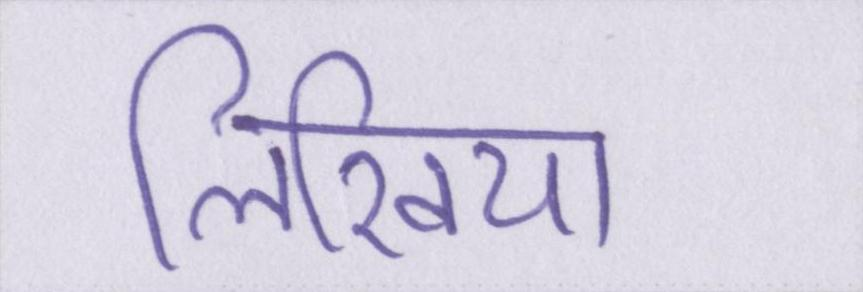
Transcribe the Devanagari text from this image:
लिखिया